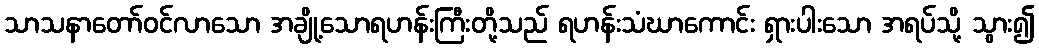
သာသနာတော်ဝင်လာသော အချို့သောရဟန်းကြီးတို့သည် ရဟန်းသံဃာကောင်း ရှားပါးသော အရပ်သို့ သွား၍